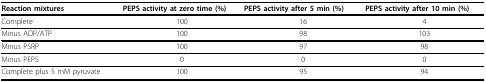
| Reaction mixtures | PEPS activity at zero time (%) | PEPS activity after 5 min (%) | PEPS activity after 10 min (%) |
 | --- | --- | --- | --- |
 | Complete | 100 | 16 | 4 |
 | Minus ADP/ATP | 100 | 98 | 103 |
 | Minus PSRP | 100 | 97 | 98 |
 | Minus PEPS | 0 | 0 | 0 |
 | Complete plus 5 mM pyruvate | 100 | 95 | 94 |